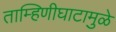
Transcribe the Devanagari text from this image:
ताम्हिणीघाटामुळे